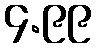
၄.၉၉